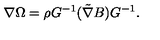
\nabla \Omega = \rho G ^ { - 1 } ( \tilde { \nabla } B ) G ^ { - 1 } .